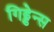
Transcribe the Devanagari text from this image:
गिड्डेन्स